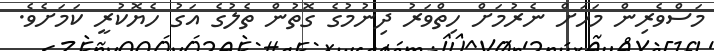
މަސްވެރިން މަހަށް ނެރުމަށް ހިތްވަރު ދިނުމުގެ ގޮތުން ތެލުގެ އަގު ހެޔޮކުރީ ކަމަށެވެ.